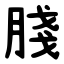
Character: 䏼